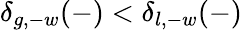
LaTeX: \delta_{g,-w}(-)<\delta_{l,-w}(-)